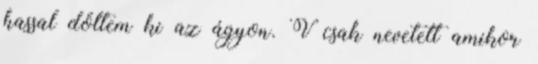
hassal dőltem ki az ágyon. V csak nevetett amikor